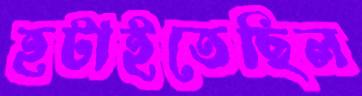
হটাইতেছিল